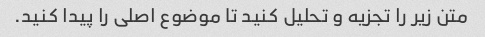
متن زیر را تجزیه و تحلیل کنید تا موضوع اصلی را پیدا کنید.